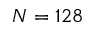
N = 1 2 8